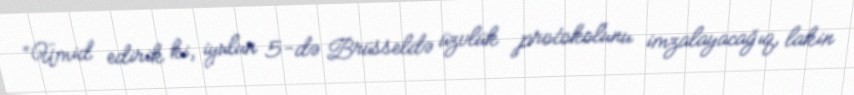
“Ümid edirik ki, iyulun 5-də Brüsseldə üzvlük protokolunu imzalayacağıq, lakin